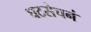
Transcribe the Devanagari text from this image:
घटसेचनं